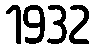
1932